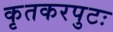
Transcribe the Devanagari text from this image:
कृतकरपुटः